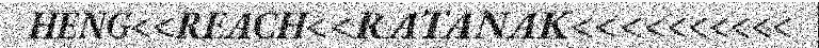
HENG<<REACH<<RATANAK<<<<<<<<<<